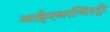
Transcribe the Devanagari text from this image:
आईएनरजिस्ट्री